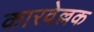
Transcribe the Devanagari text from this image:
कारवेल्लक